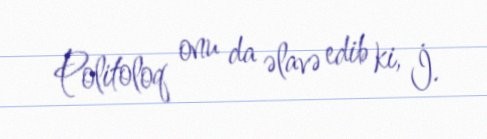
Politoloq onu da əlavə edib ki, İ.